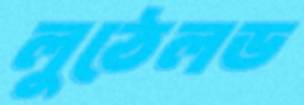
লুঠেলড